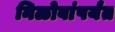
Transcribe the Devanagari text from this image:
निळोबांपर्यंत